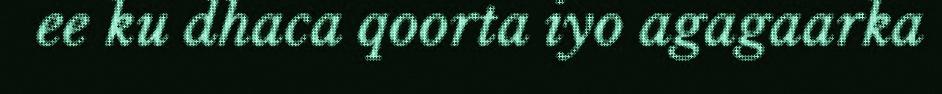
ee ku dhaca qoorta iyo agagaarka